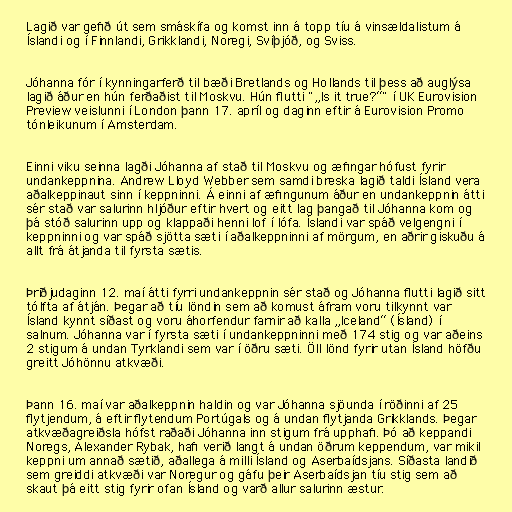
Lagið var gefið út sem smáskífa og komst inn á topp tíu á vinsældalistum á
Íslandi og í Finnlandi, Grikklandi, Noregi, Svíþjóð, og Sviss.

Jóhanna fór í kynningarferð til bæði Bretlands og Hollands til þess að auglýsa
lagið áður en hún ferðaðist til Moskvu. Hún flutti "„Is it true?“" í UK Eurovision
Preview veislunni í London þann 17. apríl og daginn eftir á Eurovision Promo
tónleikunum í Amsterdam.

Einni viku seinna lagði Jóhanna af stað til Moskvu og æfingar hófust fyrir
undankeppnina. Andrew Lloyd Webber sem samdi breska lagið taldi Ísland vera
aðalkeppinaut sinn í keppninni. Á einni af æfingunum áður en undankeppnin átti
sér stað var salurinn hljóður eftir hvert og eitt lag þangað til Jóhanna kom og
þá stóð salurinn upp og klappaði henni lof í lófa. Íslandi var spáð velgengni í
keppninni og var spáð sjötta sæti í aðalkeppninni af mörgum, en aðrir giskuðu á
allt frá átjanda til fyrsta sætis.

Þriðjudaginn 12. maí átti fyrri undankeppnin sér stað og Jóhanna flutti lagið sitt
tólfta af átján. Þegar að tíu löndin sem að komust áfram voru tilkynnt var
Ísland kynnt síðast og voru áhorfendur farnir að kalla „Iceland“ (Ísland) í
salnum. Jóhanna var í fyrsta sæti í undankeppninni með 174 stig og var aðeins
2 stigum á undan Tyrklandi sem var í öðru sæti. Öll lönd fyrir utan Ísland höfðu
greitt Jóhönnu atkvæði.

Þann 16. maí var aðalkeppnin haldin og var Jóhanna sjöunda í röðinni af 25
flytjendum, á eftir flytendum Portúgals og á undan flytjanda Grikklands. Þegar
atkvæðagreiðsla hófst raðaði Jóhanna inn stigum frá upphafi. Þó að keppandi
Noregs, Alexander Rybak, hafi verið langt á undan öðrum keppendum, var mikil
keppni um annað sætið, aðallega á milli Ísland og Aserbaídsjans. Síðasta landið
sem greiddi atkvæði var Noregur og gáfu þeir Aserbaídsjan tíu stig sem að
skaut þá eitt stig fyrir ofan Ísland og varð allur salurinn æstur.